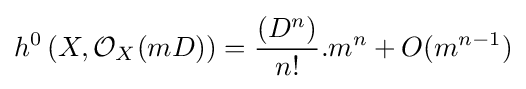
h^{0}\left(X,{\mathcal {O}}_{X}(mD)\right)={\frac {(D^{n})}{n!}}.m^{n}+O(m^{n-1})